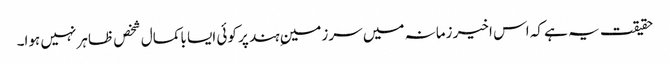
حقیقت یہ ہے کہ اس اخیر زمانہ میں سرزمینِ ہند پر کوئی ایسا باکمال شخص ظاہر نہیں ہوا۔